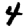
Digit: 4